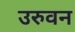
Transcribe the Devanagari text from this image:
उरुवन